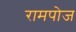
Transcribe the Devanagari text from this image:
रामपोज